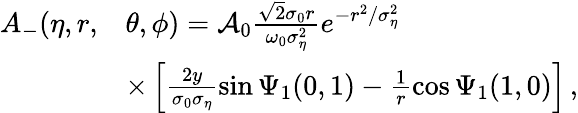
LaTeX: \begin{array}{rl}{A_{-}(\eta,r,}&{\theta,\phi)=\mathcal{A}_{0}\frac{\sqrt{2}\sigma_{0}r}{\omega_{0}\sigma_{\eta}^{2}}e^{-r^{2}/\sigma_{\eta}^{2}}}\\ &{\times\left[\frac{2y}{\sigma_{0}\sigma_{\eta}}\sin\Psi_{1}(0,1)-\frac{1}{r}\cos\Psi_{1}(1,0)\right]\, ,}\end{array}